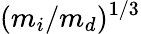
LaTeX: (m_{i}/m_{d})^{1/3}